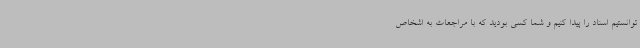
توانستیم اسناد را پیدا کنیم و شما کسی بودید که با مراجعات به اشخاص